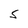
Character: S